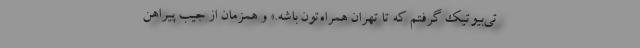
تی‌بیوتیک گرفتم که تا تهران همراه‌تون باشه.» و همزمان از جیب پیراهن